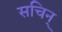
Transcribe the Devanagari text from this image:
सचिन्